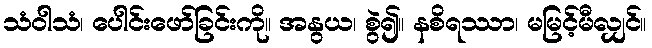
သံဝါသံ၊ ပေါင်းဖော်ခြင်းကို။ အနွယ၊ စွဲ၍။ နစိရဿာ၊ မမြင့်မီလျှင်။